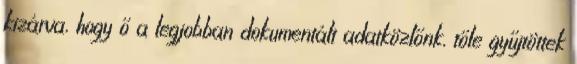
kizárva, hogy ő a legjobban dokumentált adatközlőnk, tőle gyűjtöttek